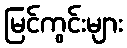
မြင်ကွင်းများ